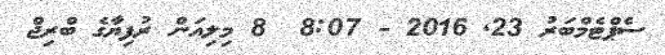
ސެޕްޓެމްބަރު 23